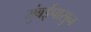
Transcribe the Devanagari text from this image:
मुंबईपासुन